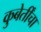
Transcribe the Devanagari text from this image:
कुबेर्तींचा